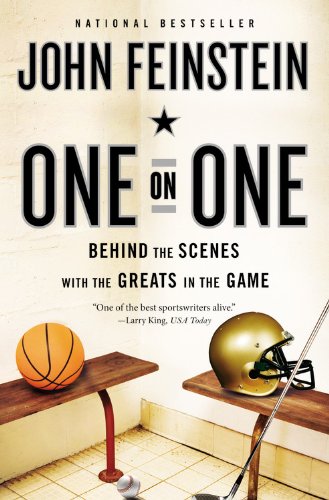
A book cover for One on One: Behind the Scenes with the Greats in the Game; John Feinstein; Sports & Outdoors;